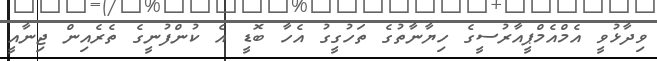
ވިދާޅުވީ އެމްއެމްޕީއާރުސީގެ ހިޔާނާތުގެ ތަހުގީގު އެހާ ބޮޑީ އެ ކުންފުނީގެ ތެރެއިން ޖިނާއީ